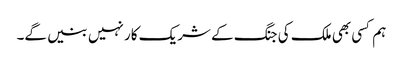
ہم کسی بھی ملک کی جنگ کے شریک کار نہیں بنیں گے۔